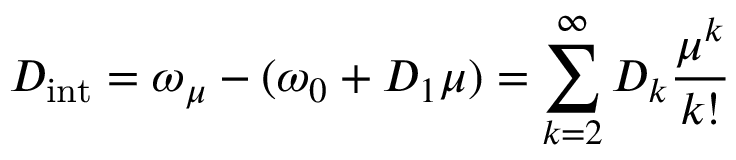
D _ { \mathrm { i n t } } = \omega _ { \mu } - ( \omega _ { 0 } + D _ { 1 } \mu ) = \sum _ { k = 2 } ^ { \infty } D _ { k } \frac { \mu ^ { k } } { k ! }